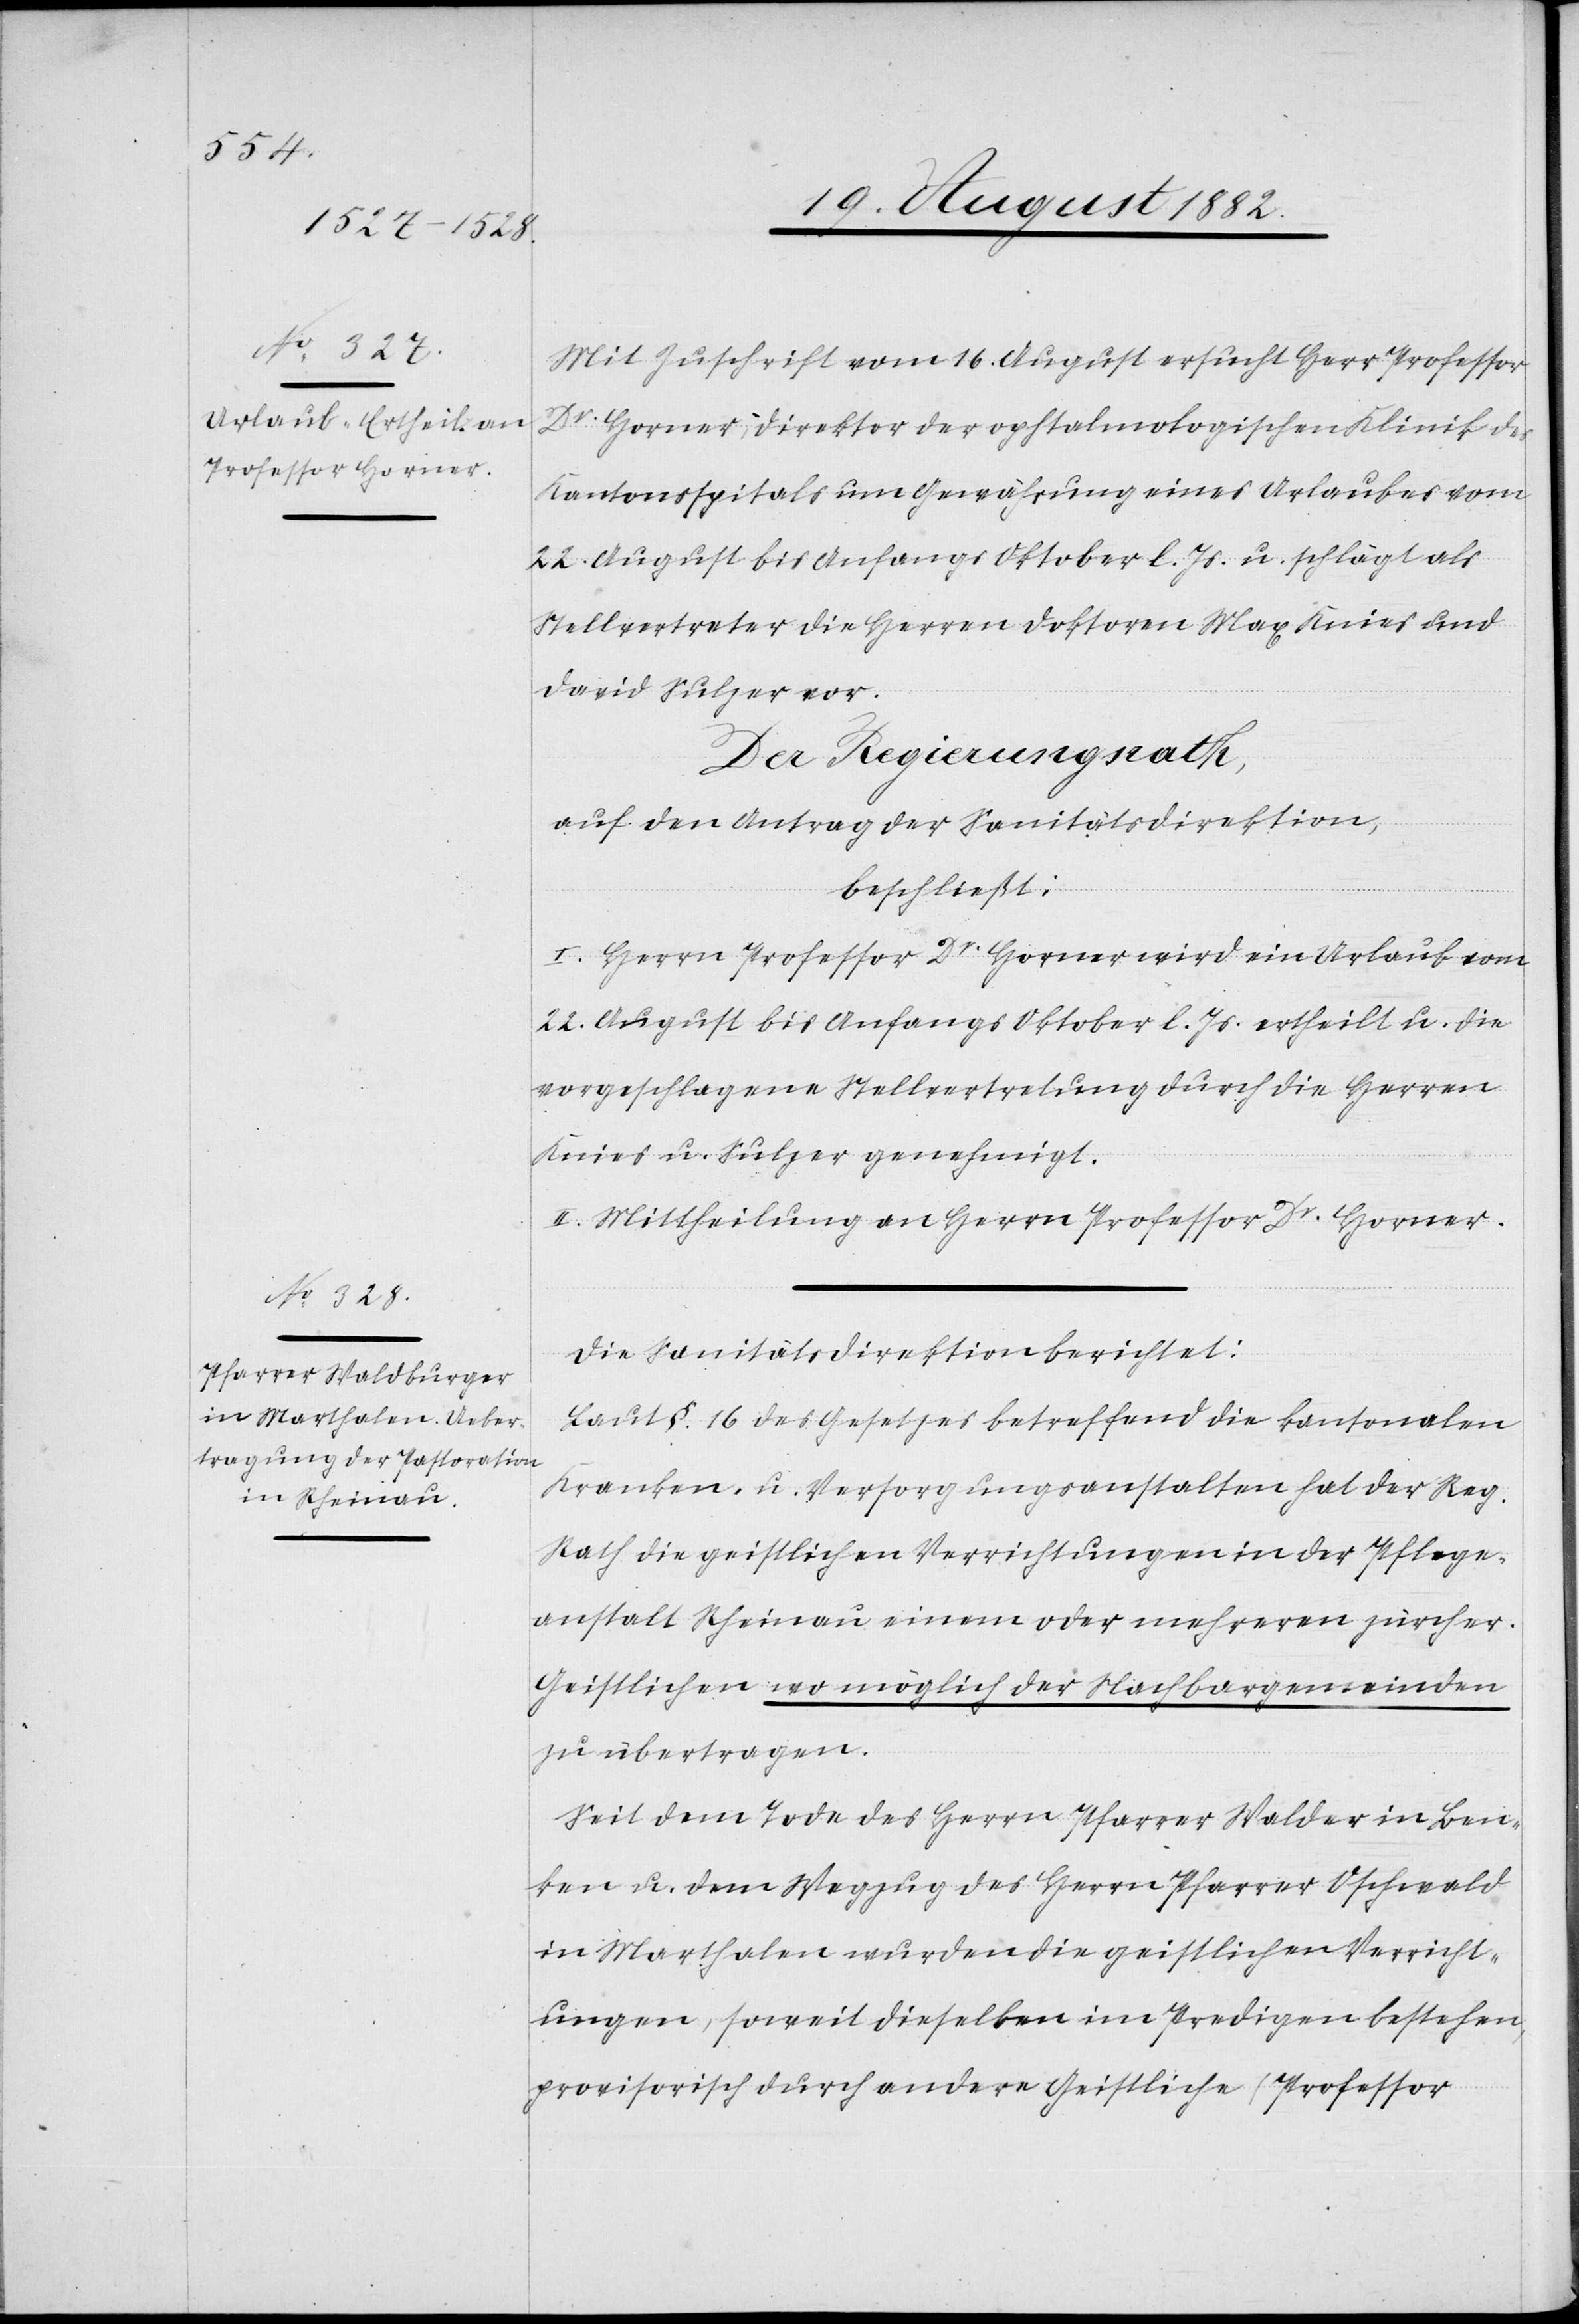
Mit Zuschrift vom 16. August ersucht Herr Professor
Dr Horner, Direktor der ophtalmologischen Klinik des
Kantonsspitals um Gewährung eines Urlaubes vom
22. August bis Anfangs Oktober l. Js. u. schlägt als
Stellvertreter die Herren Doktoren Max Knies und
David Sulzer vor.
Der Regierungsrath,
auf den Antrag der Sanitätsdirektion;
beschließt:
I. Herrn Professor Dr Horner wird ein Urlaub vom
22. August bis Anfangs Oktober l. Js. ertheilt u. die
vorgeschlagene Stellvertretung durch die Herren
Knies u. Sulzer genehmigt.
II. Mittheilung an die Herren Professor Dr Horner.
Die Sanitätsdirektion berichtet:
Laut §. 16 des Gesetzes betreffend die kantonalen
Kranken- u. Versorgungsanstalten hat der Reg.
Rath die geistlichen Verrichtungen in der Pflege¬
anstalt Rheinau einem oder mehreren zürcher.
Geistlichen wo möglich der Nachbargemeinde
zu übertragen.
Seit dem Tode des Herrn Pfarrer Walder in Ben¬
ken u. dem Wegzug des Herrn Pfarrer Oschwald
in Marthalen wurden die geistlichen Verricht¬
ungen, soweit dieselben im Predigen bestehen,
provisorisch durch andere Geistliche (Professor